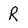
Character: R